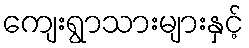
ကျေးရွာသားများနှင့်